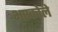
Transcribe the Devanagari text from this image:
भएकोले